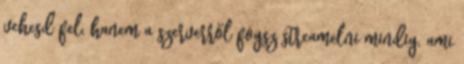
vehesd fel, hanem a szerverről fogsz streamelni mindig, ami